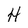
Character: H